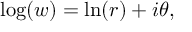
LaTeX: \log ( w ) = \ln ( r ) + i \theta ,